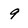
Character: 9